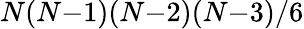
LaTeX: N(N{-}1)(N{-}2)(N{-}3)/6